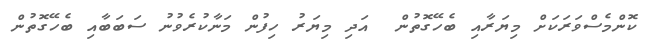
ކޮންމެސްވަރަކަށް މިޔަރާއި ބެހޭގޮތުން  އަދި މިޔަރު ހިފުން މަނާކުރެވުނު ސަބަބާއި ބެހޭގޮތުން